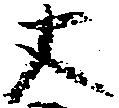
丈